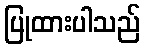
ပြုထားပါသည်